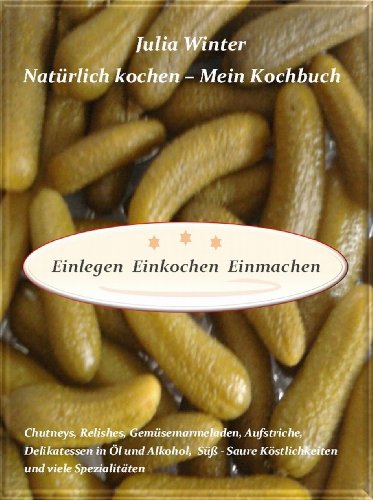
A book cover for NatÃ¼rlich kochen - Mein Kochbuch   Einlegen  Einkochen  Einmachen   Chutneys, Relishes, GemÃ¼semarmeladen, Aufstriche, Delikatessen in ÃEl und Alkohol, SÃ¼ÃE-Saure ... und viele SpezialitÃ¤ten (German Edition); Julia Winter; Cookbooks, Food & Wine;